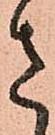
さ